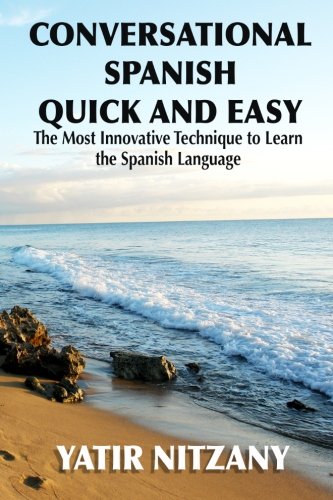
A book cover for Conversational Spanish Quick and Easy: The Most Innovative and Revolutionary Technique to Learn the Spanish Language. For Beginners, Intermediate, and Advanced Speakers; Yatir Nitzany; Travel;